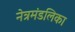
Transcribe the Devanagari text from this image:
नेत्रमंडलिका